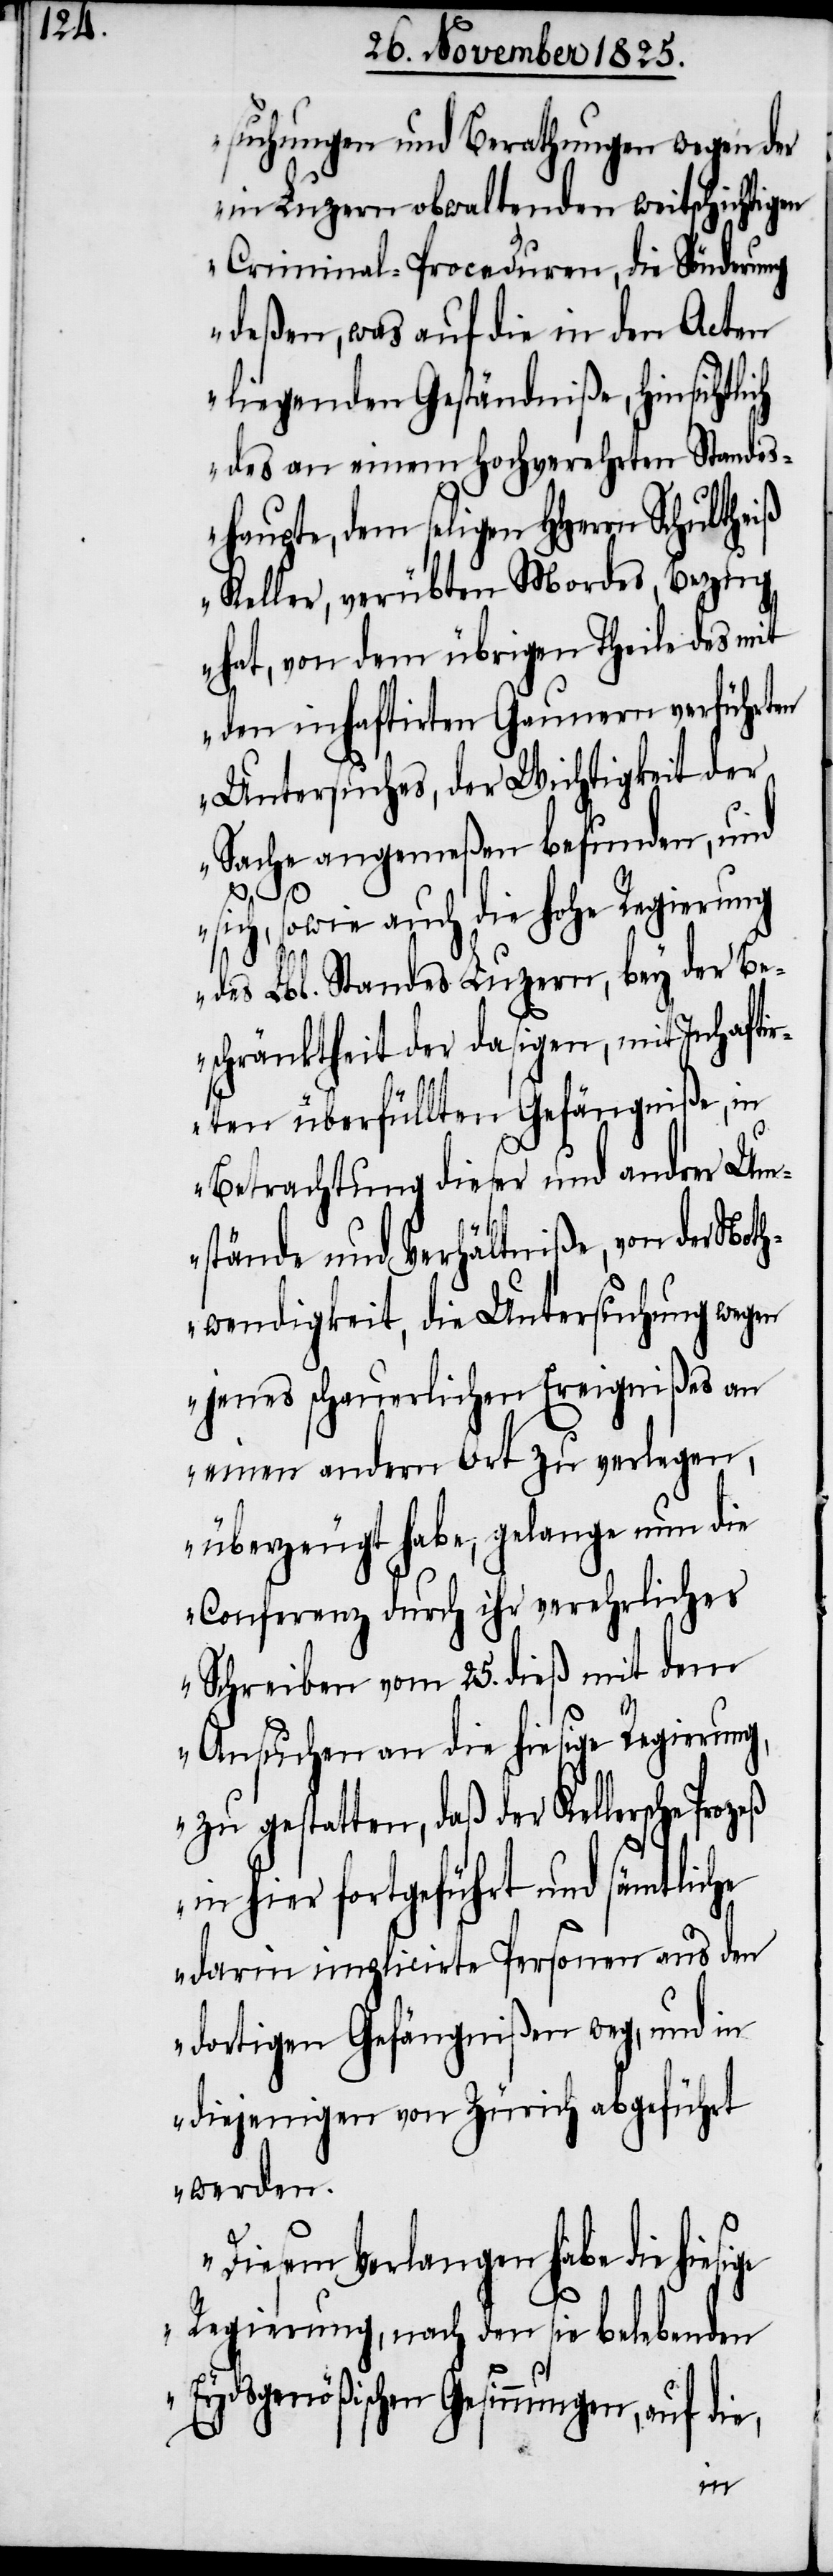
suchungen und Berathungen wegen der
in Luzern obwaltenden weitschichtigen
Criminal-Proceduren, die Sönderung
deßen, was auf die in den Acten
liegenden Geständniße, hinsichtlich
des an einem Hochverehrten Standes¬
haupte, dem seligen HHerrn Schultheiß
Keller, verübten Mordes, Bezug
hat, von dem übrigen Theile des mit
den inhaftirten Gaunern verführten
Untersuches, der Wichtigkeit der
Sache angemeßen befunden, und
sich, sowie auch die hohe Regierung
des Lbl. Standes Luzern, bey der Be¬
schränktheit der dasigen, mit Inhafti¬
rten überfüllten Gefängniße, in
Betrachtung dieser und andrer Um¬
stände und Verhältniße, von der Not¬
hwendigkeit, die Untersuchung wegen
jenes schauerlichen Ereignißes an
einen andern Ort zu verlegen,
überzeugt habe, gelange nun die
Conferenz durch ihr verehrliches
Schreiben vom 25. dieß mit dem
Ansuchen an die hiesige Regierung,
zu gestatten, daß der Kellersche
in hier fortgeführt und sämtliche
darin implicirte Personen aus den
dortigen Gefängnißen weg, und in
diejenigen von Zürich abgeführt
werden.
Diesem Verlangen habe die
Regierung, nach den sie belebenden
Eydsgenößischen Gesinnungen, auf die,